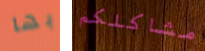
بها مشاكلكم